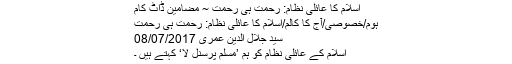
اسلام کا عائلی نظام: رحمت ہی رحمت ~ مضامین ڈاٹ کام
ہوم/خصوصی/آج کا کالم/اسلام کا عائلی نظام: رحمت ہی رحمت
سید جلال الدین عمری 08/07/2017
اسلام کے عائلی نظام کو ہم ’مسلم پرسنل لا‘ کہتے ہیں ۔